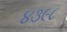
૪૩૯૮